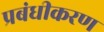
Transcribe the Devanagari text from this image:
प्रबंधीकरण